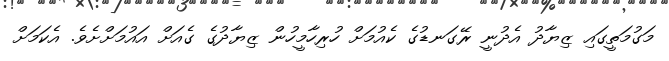
މަގުމަތީގައި ޒިޔާދު އެދުނީ ރޭގަނޑުގެ ކެއުމަށް ހުރިހާމީހުން ޒިޔާދުގެ ގެއަށް އައުމަށްށެވެ. އެކަމަށް